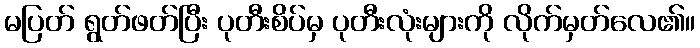
မပြတ် ရွတ်ဖတ်ပြီး ပုတီးစိပ်မှ ပုတီးလုံးများကို လိုက်မှတ်လေ၏။